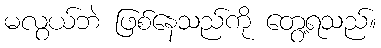
မလွယ်ဘဲ ဖြစ်နေသည်ကို တွေ့ရသည်။